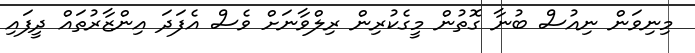
މިނިވަން ނިއުސް ބުނާ ގޮތުން މީގެކުރިން ރިލްވާނަށް ވެސް އެފަދަ އިންޒާރުތައް ދީފައި